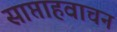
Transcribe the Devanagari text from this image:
साप्ताहवाचन